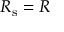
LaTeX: R _ { \mathrm { s } } = R